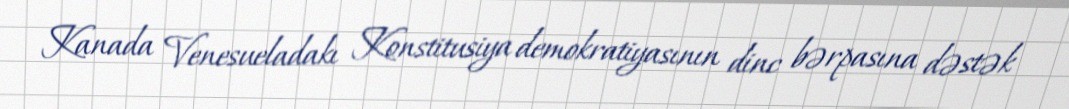
Kanada Venesueladakı Konstitusiya demokratiyasının dinc bərpasına dəstək